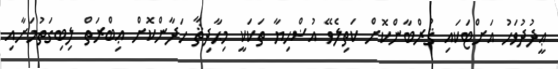
ޢީދުދުވަހު އަށްޓަކައި ޤުރްބާންކޮށް ކަތިލެވޭ އުޟްޙިޔާ ތަކަކީ މިޙާދިޘާ ހަދާންކޮށް ޢިބްރަތް ލިބިގަތުމަށާއި